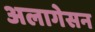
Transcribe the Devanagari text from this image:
अलागेसन